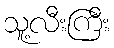
သူ့လီးကြီး